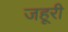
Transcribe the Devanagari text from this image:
जहूरी